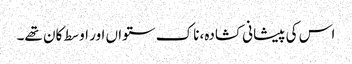
اس کی پیشانی کشادہ، ناک ستواں اور اوسط کان تھے۔